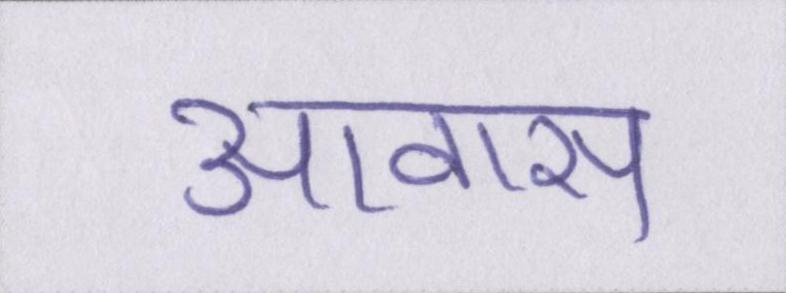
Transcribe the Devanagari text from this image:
आवास